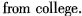
from college.